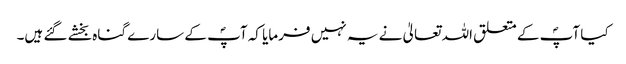
کیا آپؐ کے متعلق اللہ تعالیٰ نے یہ نہیں فرمایا کہ آپؐ کے سارے گناہ بخشے گئے ہیں۔